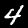
Digit: 4